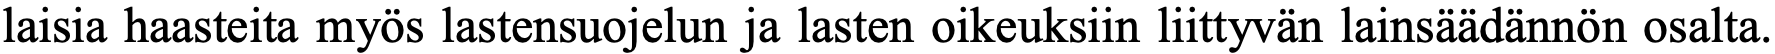
laisia haasteita myös lastensuojelun ja lasten oikeuksiin liittyvän lainsäädännön osalta.